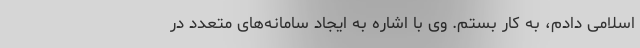
اسلامی دادم، به کار بستم. وی با اشاره به ایجاد سامانه‌های متعدد در